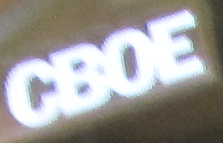
CBOE